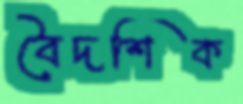
বৈদশিক